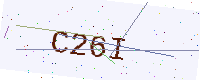
Text: C26I